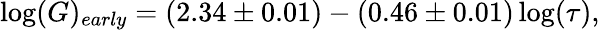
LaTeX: \log(G)_{early}=(2.34\pm 0.01)-(0.46\pm 0.01)\log(\tau),